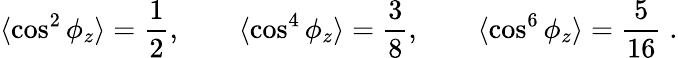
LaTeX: \langle\cos^{2}{\phi_{z}}\rangle=\frac{1}{2},\qquad\langle\cos^{4}{\phi_{z}}\rangle=\frac{3}{8},\qquad\langle\cos^{6}{\phi_{z}}\rangle=\frac{5}{16}\; .